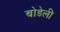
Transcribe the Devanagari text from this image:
बोडेली